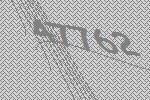
47762